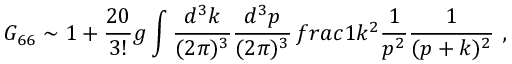
G _ { 6 6 } \sim 1 + \frac { 2 0 } { 3 ! } g \int \frac { d ^ { 3 } k } { ( 2 \pi ) ^ { 3 } } \frac { d ^ { 3 } p } { ( 2 \pi ) ^ { 3 } } \, f r a c { 1 } { k ^ { 2 } } \frac { 1 } { p ^ { 2 } } \frac { 1 } { ( p + k ) ^ { 2 } } ~ ,